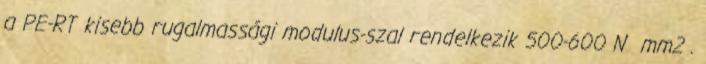
a PE-RT kisebb rugalmassági modulus-szal rendelkezik 500-600 N mm2 .